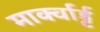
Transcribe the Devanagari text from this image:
मार्क्वार्ड्ट